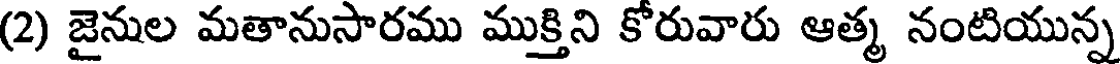
(2) జైనుల మతానుసారము ముక్తిని కోరువారు ఆత్మ నంటియున్న